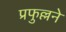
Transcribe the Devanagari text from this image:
प्रफुल्लने